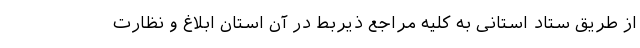
از طریق ستاد استانی به کلیه مراجع ذیربط در آن استان ابلاغ و نظارت